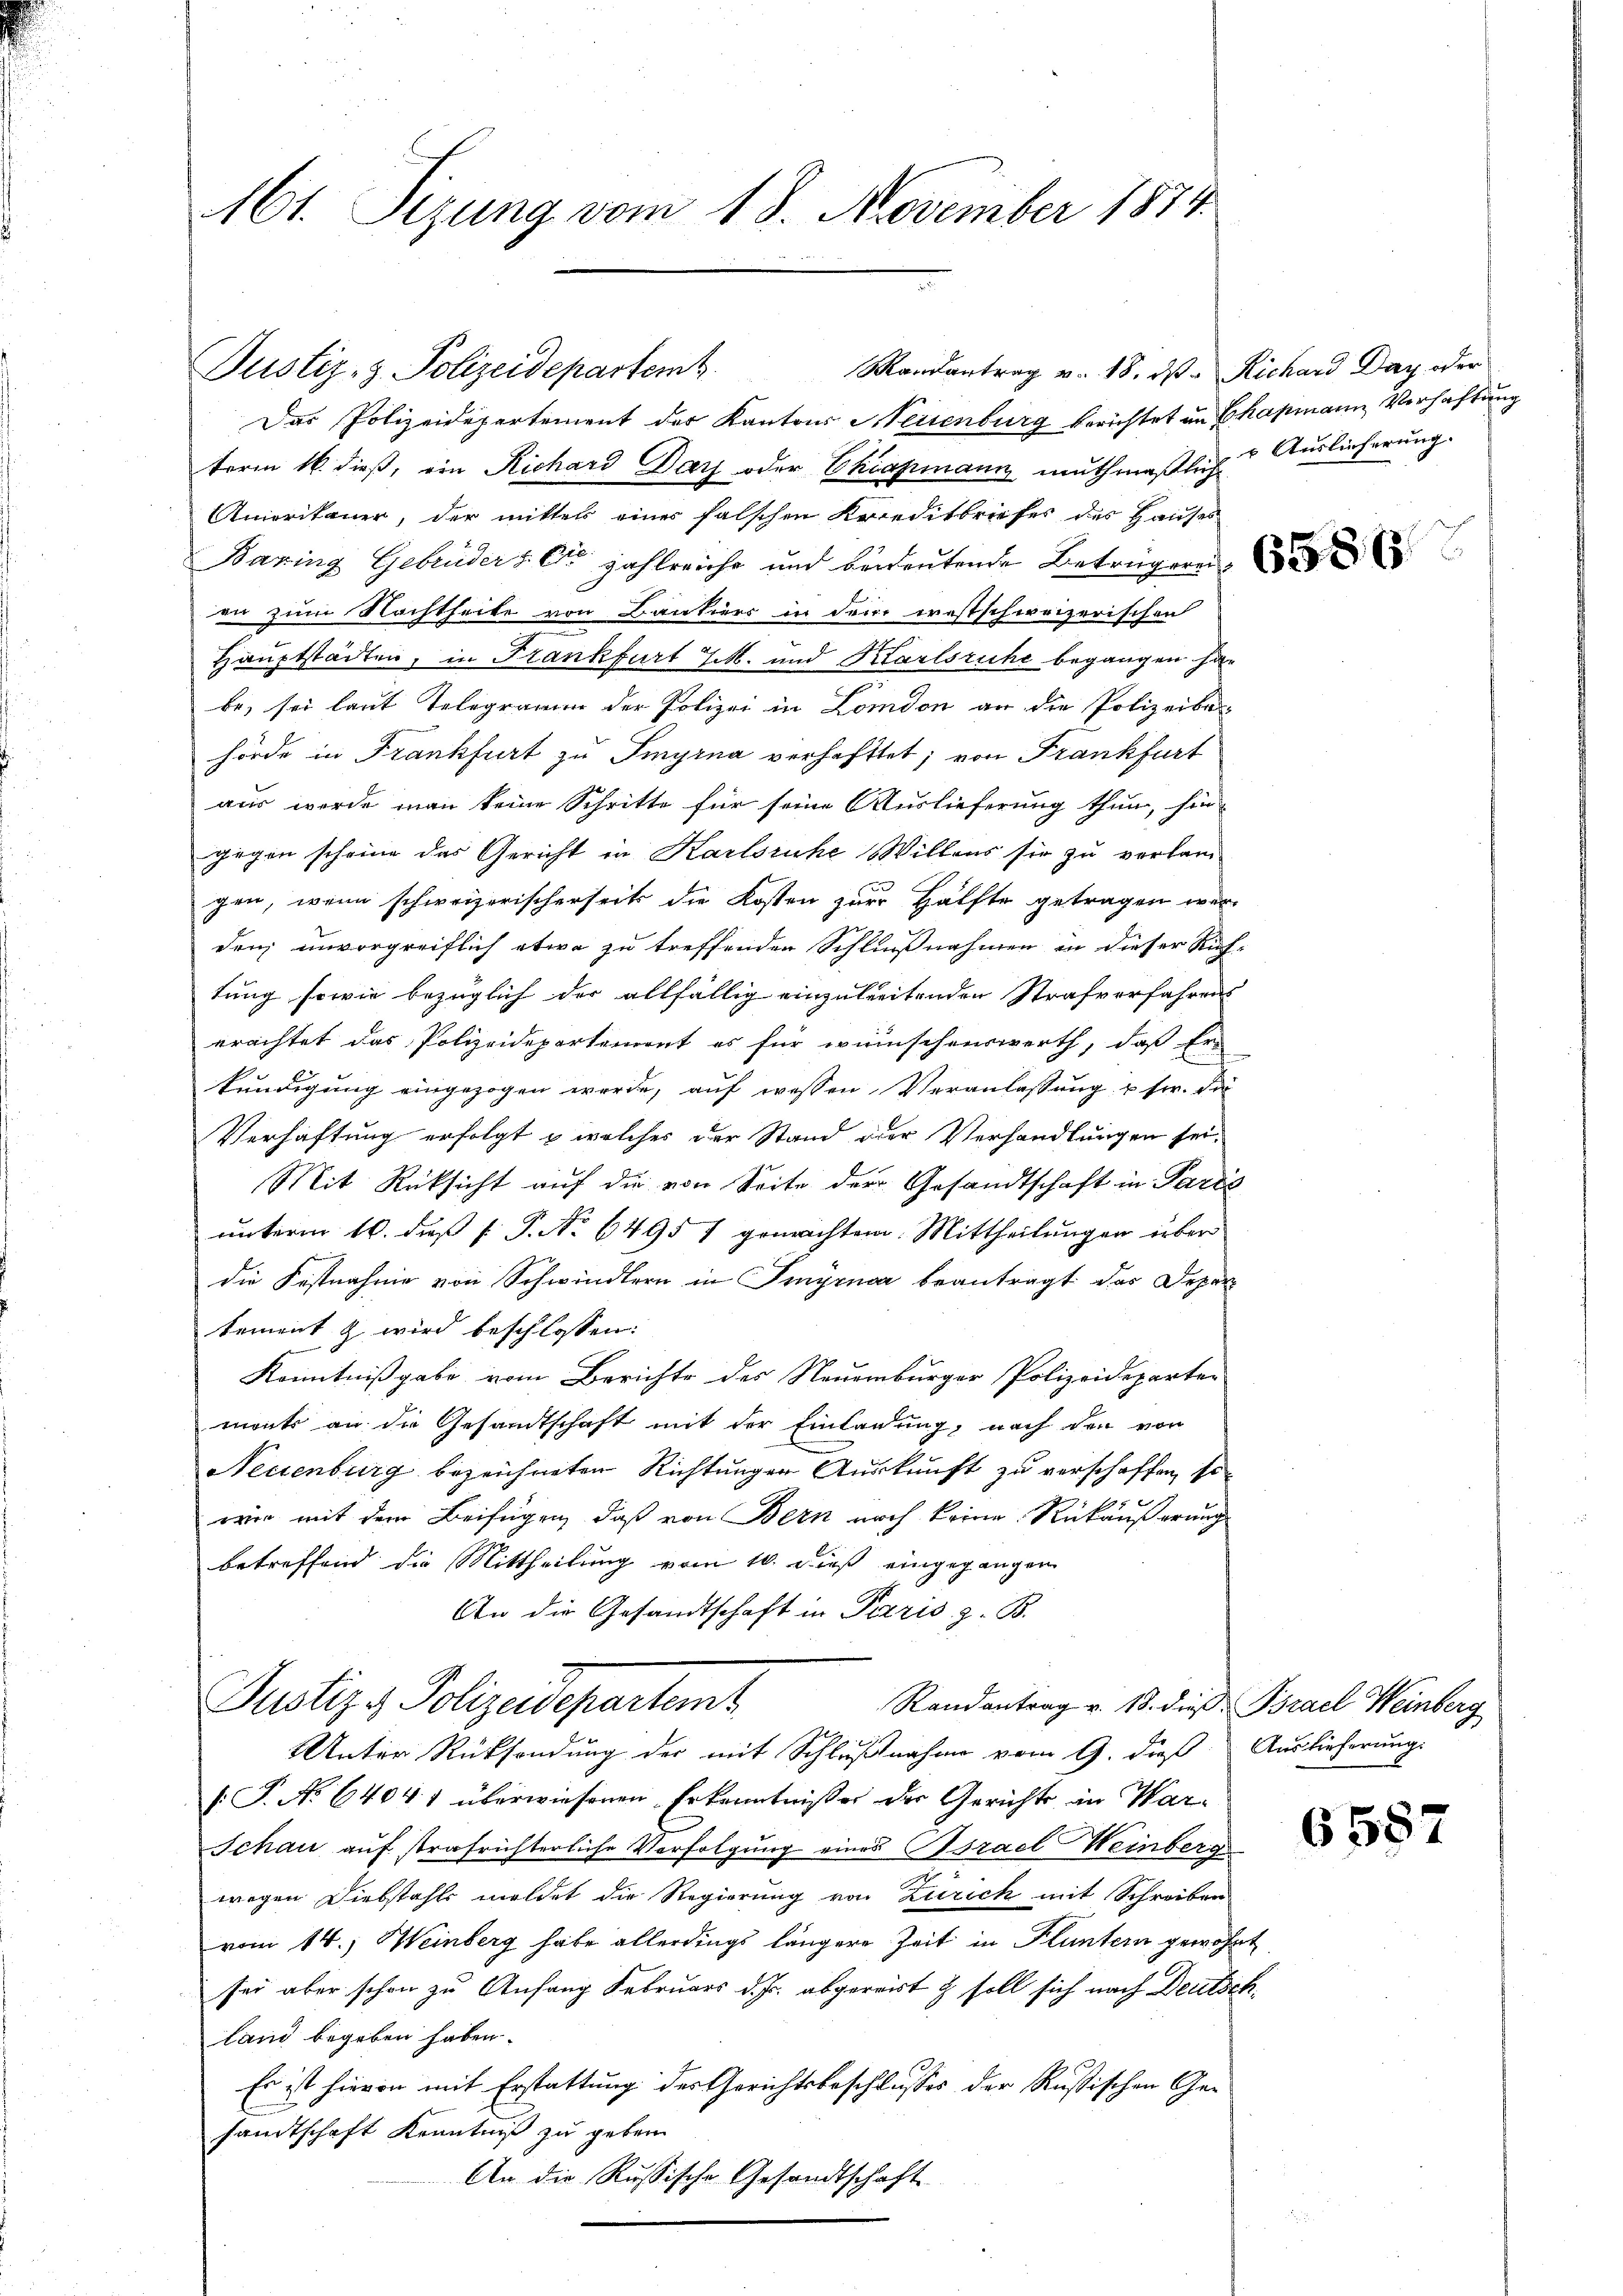
161. Sizung vom 18. November 1874

Der Polizeidepartement der Kantons Meisenburg berichtet in Chapmann Verhaftung
term 16. dieß, ein Richard Day oder Chiapmann muthmaßlich Auslieferung.
Amioritaner, der mittel einer falschen Kreditbriefes des Hauses
Baring Gebrüders. Die zahlreiche und beidentende Betragerei
en zum Nachtheite von Cautiers in dem ernstschweizerischen
Hauptstädten, in Frankfurt J. und Karlsruhe begangen ha
be, sei laut Telegramm der Polizei in London an die Polizeiba-
hörde in Frankfurt zu Imyrna verhaftet; von Frankfurt
aus werde man keine Schritte für seine Auslieferung thun, hin-
gegen scheine das Gericht in Karlsruhe Willens sie zu verlangen, wenn schweizerischerseit die Kosten zur Hälfte getragen wer
denz unvorgreiflich etwa zu treffenden Schlußnahmen in dieser Rich-
tung sowie bezüglich der allfällig einzubreitenden Strafverfahrens
erachtet das Polizeidepartement es für wünschenswerth, daß Er
kundigung eingezogen werde, auf wessen Veranlassung u. s. da
Verhaftung erfolgt & welches der Stand oder Verhandlungen sei¬
Mit Rüksicht auf die von Seite der Gesandtschaft in Paris
unterm 16. daß P. P. No 6495 / gemachtem Mittheilungen über
die Festnahme von Schwindlern in Smyruar beantragt das Depar
tement & wird beschlossen:
Kenntnißgabe vom Berichte des Neuenburger Polizeideparten
monts an die Gesandtschaft mit der Einladung, nach den von
Neuenburg bezeichneten Richtungen Auskunft zu verschaffen, so
wie mit dem Beifügen, daß von Bern noch keine Rückäußerung
betreffend die Mittheilung vom 10. dieß eingegangen
An die Gesandtschaft in Paris z. B.
Justiz & Polizeidepartemt
Randantrag v. 18. dieß Bsrael Weinberg
Unter Rücksendung der mit Schlußnahme vom 9. dieß Auslieferung.
.P. No 64041 überwiesenen Erkenntnißes der Gerichts in War¬
Schau auf strafrichterliche Verfolgung eines Israel Weinberg
wegen Diebstahls meldet die Regierung von Zürich mit Schreiben
vom 14.) Weinberg habe allerdings längere Zeit in Fluntern gewohnt
sei aber schon zu Anfang Februars d. Js. abgereist & soll sich nach Deutschland begeben haben.
Es ist hievon mit Erstattung der Gerichtsbeschlusses der Rußischen Gesandtschaft Kenntniß zu geben.
An die Russische Gesandtschaft

Mandantrag v. 18. ds. Richard Day oder
Justiz- & Polizeidepartemb